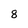
Character: 8